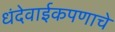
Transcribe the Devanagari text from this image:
धंदेवाईकपणाचे